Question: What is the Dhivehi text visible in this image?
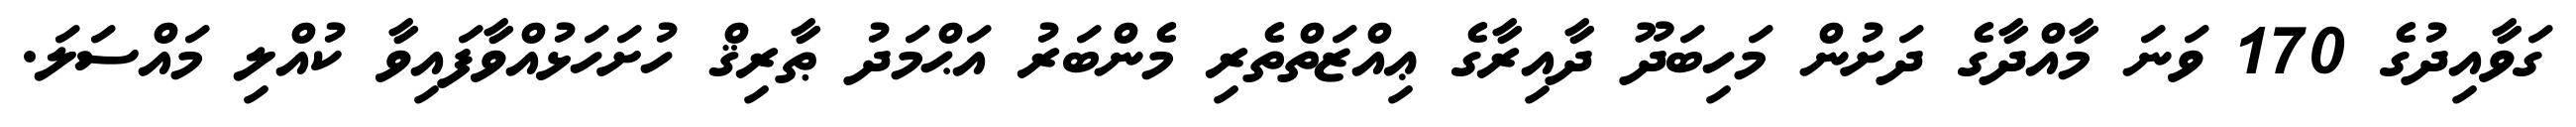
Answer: ގަވާއިދުގެ 170 ވަނަ މާއްދާގެ ދަށުން މަހިބަދޫ ދާއިރާގެ ޢިއްޒަތްތެރި މެންބަރު އަޙްމަދު ޠާރިޤް ހުށަހަޅުއްވާފައިވާ ކުއްލި މައްސަލަ.